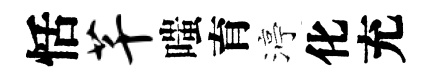
恬芊嗤育渟化充